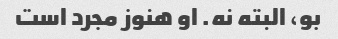
بو، البته نه. او هنوز مجرد است